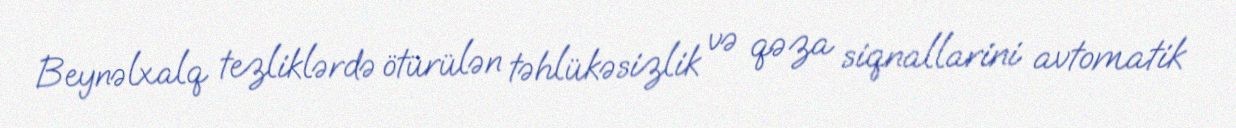
Beynəlxalq tezliklərdə ötürülən təhlükəsizlik və qəza siqnallarini avtomatik